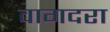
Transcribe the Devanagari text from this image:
वागदरा